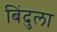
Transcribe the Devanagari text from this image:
बिंदुला